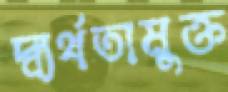
দ্ব্যর্থতামুক্ত